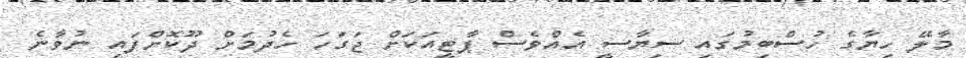
މާލޭ ހިޔާގެ ހުސްބިމުގައި ސިޔާސީ އެއްވެސް ޕާޓީއަކަށް ޖަގަހަ ހެދުމަށް ދޫކޮށްފައި ނުވާނެ